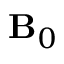
{ \mathbf B } _ { 0 }